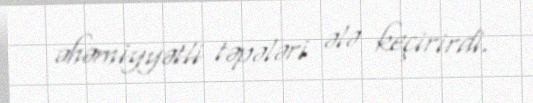
əhəmiyyətli təpələri ələ keçirirdi.